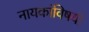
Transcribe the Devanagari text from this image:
नायकांविषयी